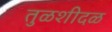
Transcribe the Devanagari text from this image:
तुळशीदळ